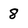
Character: 8